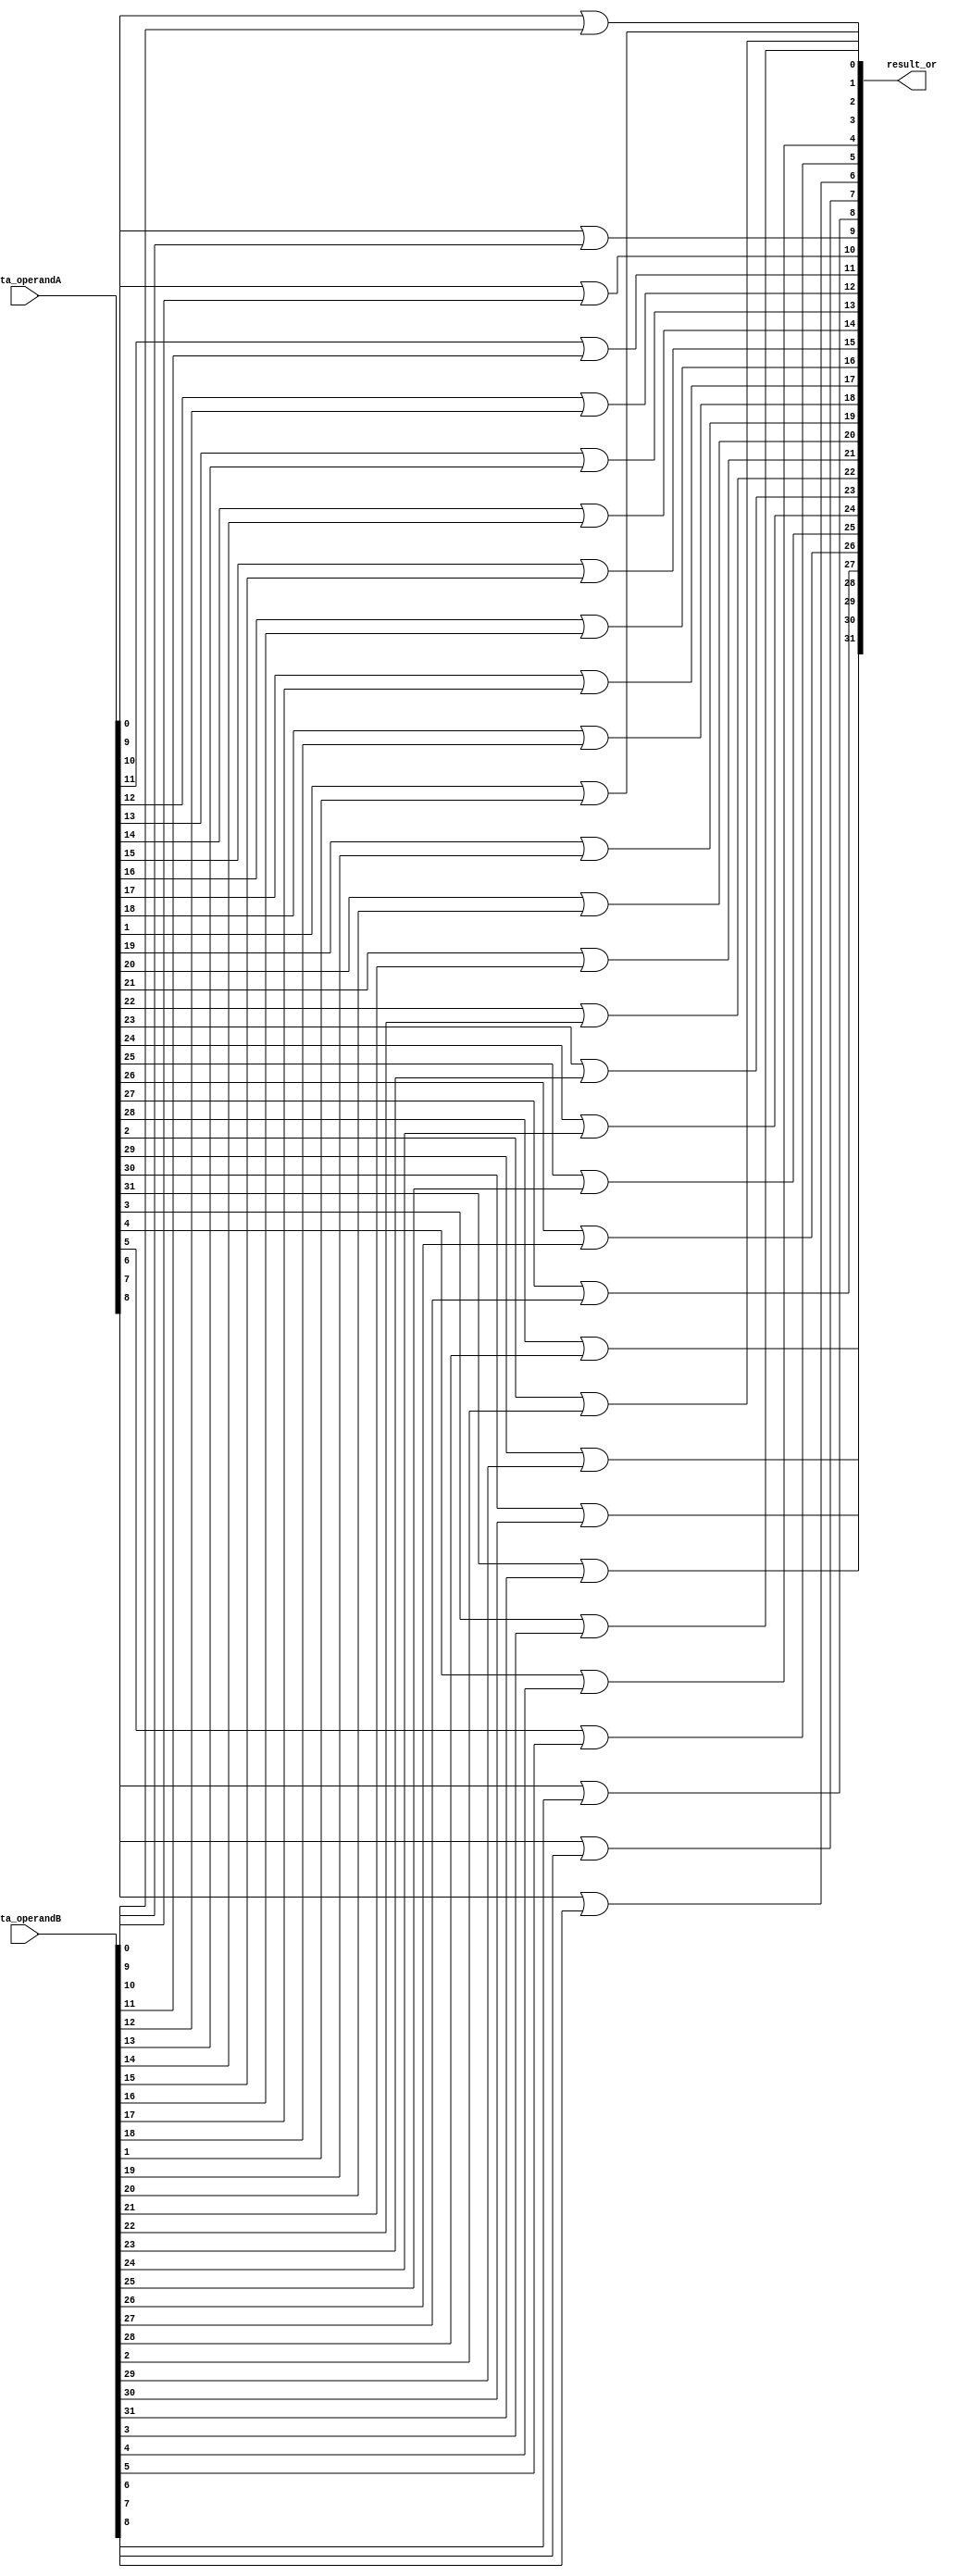
module alu_or(data_operandA, data_operandB, result_or);

    input [31:0] data_operandA, data_operandB;
	 
	 output [31:0] result_or;
    
	 genvar i;
	 generate
	     for(i=0;i<32;i=i+1)
		  begin:start
		      or or1(result_or[i],data_operandA[i],data_operandB[i]);
		  end
	 endgenerate
	 
endmodule